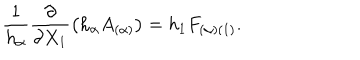
\frac { 1 } { h _ { \alpha } } \frac { \partial } { \partial X _ { 1 } } \left( h _ { \alpha } A _ { ( \alpha ) } \right) = h _ { 1 } F _ { ( \alpha ) ( 1 ) } .